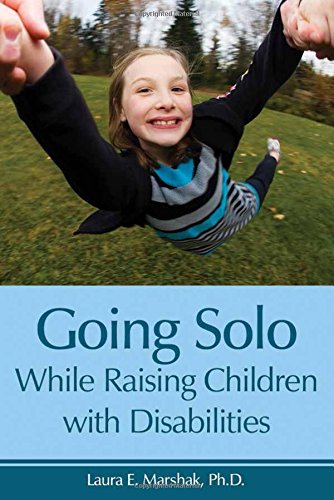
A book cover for Going Solo While Raising Children with Disabilities; Laura E. Marshak; Parenting & Relationships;